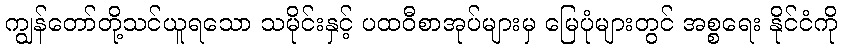
ကျွန်တော်တို့သင်ယူရသော သမိုင်းနှင့် ပထဝီစာအုပ်များမှ မြေပုံများတွင် အစ္စရေး နိုင်ငံကို